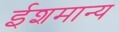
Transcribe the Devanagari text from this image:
ईशमान्य